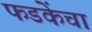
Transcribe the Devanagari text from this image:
फडकेंचा